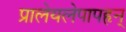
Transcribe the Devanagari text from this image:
प्रालेयलेपापहृन्